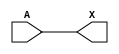
module sky130_fd_sc_hd__lpflow_lsbuf_lh_isowell_tap_5 (
    X,
    A
);
    output X;
    input  A;
    buf buf0 (X     , A              );
endmodule